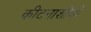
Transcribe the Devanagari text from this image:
कीटनाशीयों